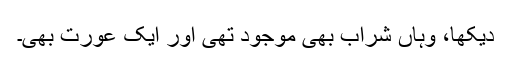
دیکھا، وہاں شراب بھی موجود تھی اور ایک عورت بھی۔